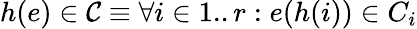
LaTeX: h(e)\in\mathcal{C}\equiv\forall i\in 1..r:e(h(i))\in C_{i}